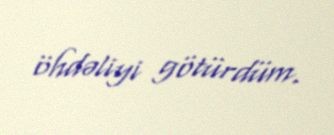
öhdəliyi götürdüm.